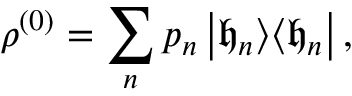
\rho ^ { ( 0 ) } = \sum _ { n } p _ { n } \left| \mathfrak { h } _ { n } \right> \! \left< \mathfrak { h } _ { n } \right| ,